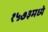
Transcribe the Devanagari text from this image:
१५७३मध्ये